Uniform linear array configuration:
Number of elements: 16
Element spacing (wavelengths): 0.75
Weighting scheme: blackman
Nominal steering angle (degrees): -60
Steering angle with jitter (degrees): -60.476
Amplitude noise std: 0.05
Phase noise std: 0.05

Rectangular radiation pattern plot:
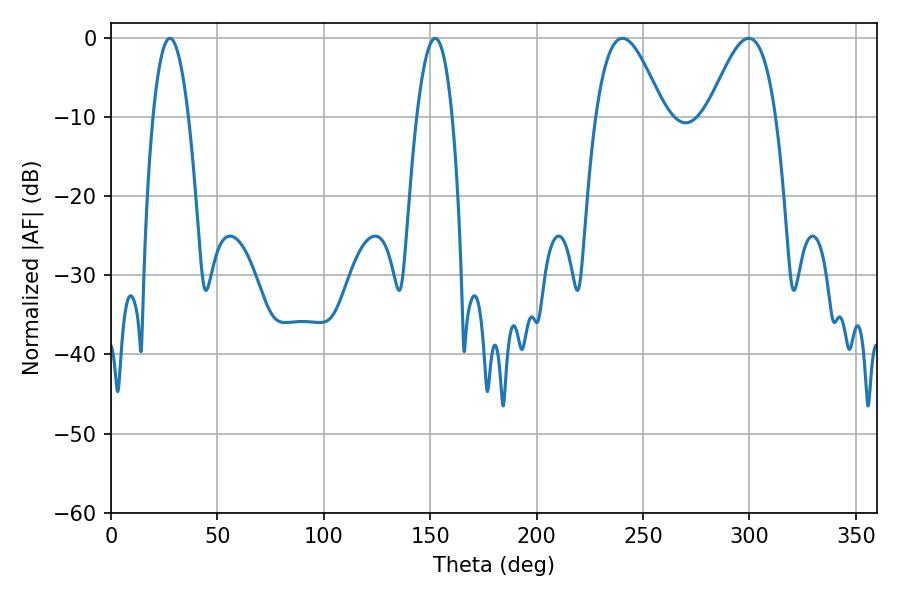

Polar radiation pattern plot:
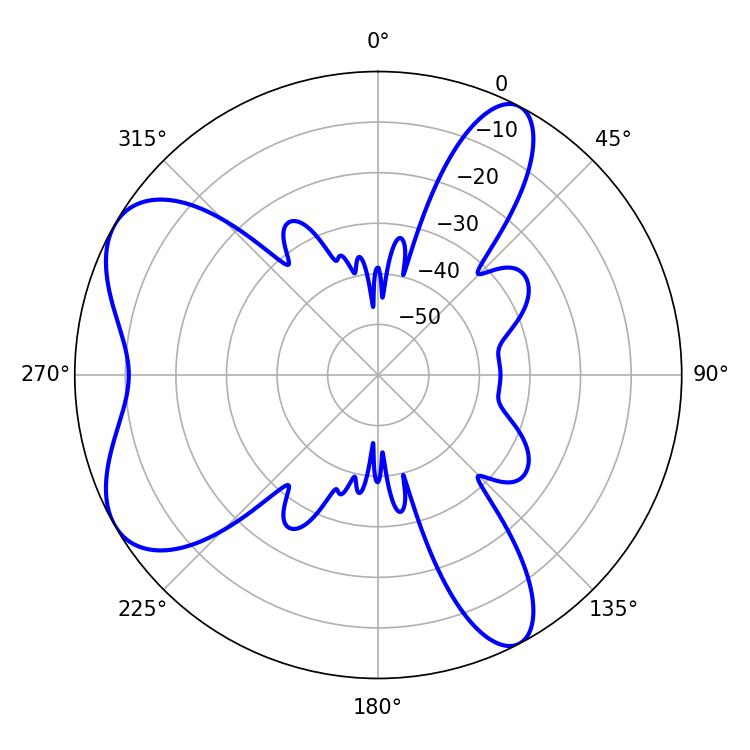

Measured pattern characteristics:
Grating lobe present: TRUE
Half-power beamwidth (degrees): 17.28
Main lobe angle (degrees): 299.7